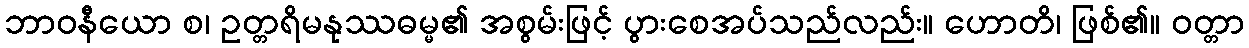
ဘာဝနီယော စ၊ ဥတ္တရိမနုဿဓမ္မ၏ အစွမ်းဖြင့် ပွားစေအပ်သည်လည်း။ ဟောတိ၊ ဖြစ်၏။ ဝတ္တာ